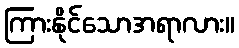
ကြားနိုင်သောအရာလား။